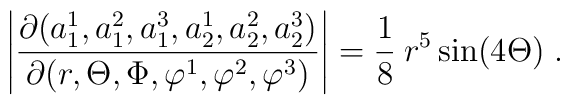
\left| \frac{\partial(a_1^1, a_1^2, a_1^3, a_2^1, a_2^2, a_2^3)}    {\partial (r,\Theta,\Phi,\varphi^1,\varphi^2,\varphi^3)} \right|  = \frac{1}{8}\: r^5 \sin(4\Theta) \;.